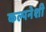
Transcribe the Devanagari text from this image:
कल्पनेशी